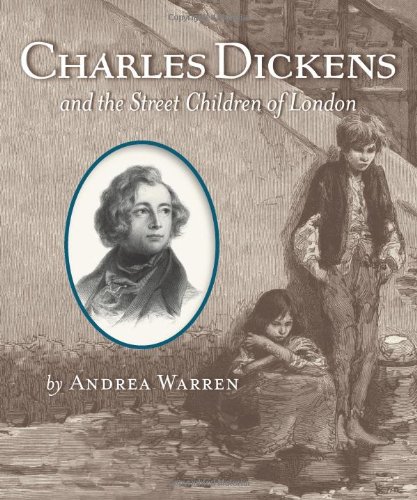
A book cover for Charles Dickens and the Street Children of London; Andrea Warren; Teen & Young Adult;